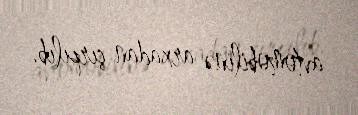
avtomobilinə arxadan çırpılıb.